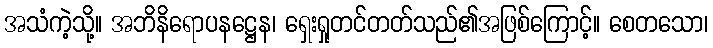
အသံကဲ့သို့။ အဘိနိရောပနဋ္ဌေန၊ ရှေးရှုတင်တတ်သည်၏အဖြစ်ကြောင့်။ စေတသော၊